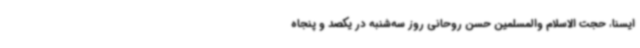
ایسنا، حجت الاسلام والمسلمین حسن روحانی روز سه‌شنبه در یکصد و پنجاه